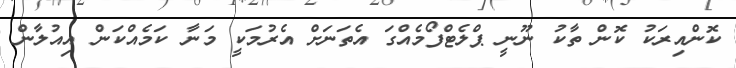
ކޮންއިރަކު ކޮން ތާކު ނޫނީ ޕްލެޓްފޯމެއްގަ އެތަނަށް އެރުމަކީ މަނާ ކަމެއްކަން އިއުލާން